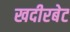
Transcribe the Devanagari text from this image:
खदीरबेट